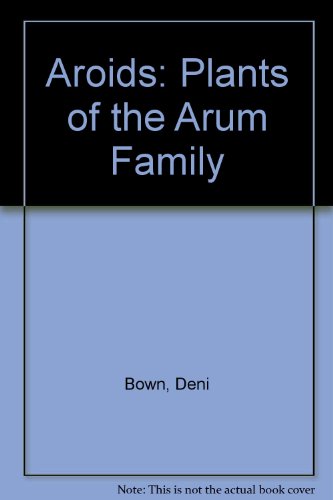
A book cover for Aroids: Plants of the Arum Family; Deni Bown; Science & Math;